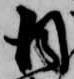
日